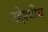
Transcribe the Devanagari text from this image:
उद्देश्यीय